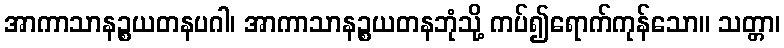
အာကာသာနဉ္စယတနပဂါ၊ အာကာသာနဉ္စယတနဘုံသို့ ကပ်၍ရောက်ကုန်သော။ သတ္တာ၊